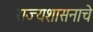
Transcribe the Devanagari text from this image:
राज्यशासनाचे